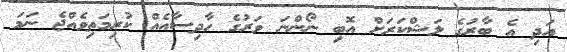
އަދި އެ ބާރުގެ ލަޝްކަރަށް އޮބި ނޯންނަ ވަރުގެ ހާދިސާއެއް ކުރިމަތިވެއްޖެ ނަމަ